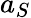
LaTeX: a_{S}